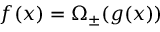
f ( x ) = \Omega _ { \pm } ( g ( x ) )